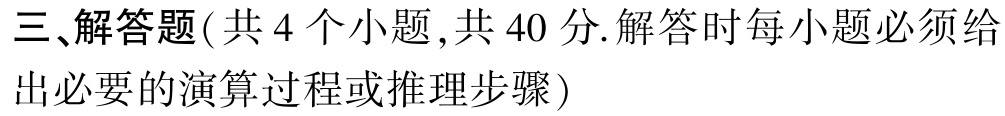
三、解答题(共 4 个小题 ,共 40 分.解答时每小题必须给
出必要的演算过程或推理步骤)